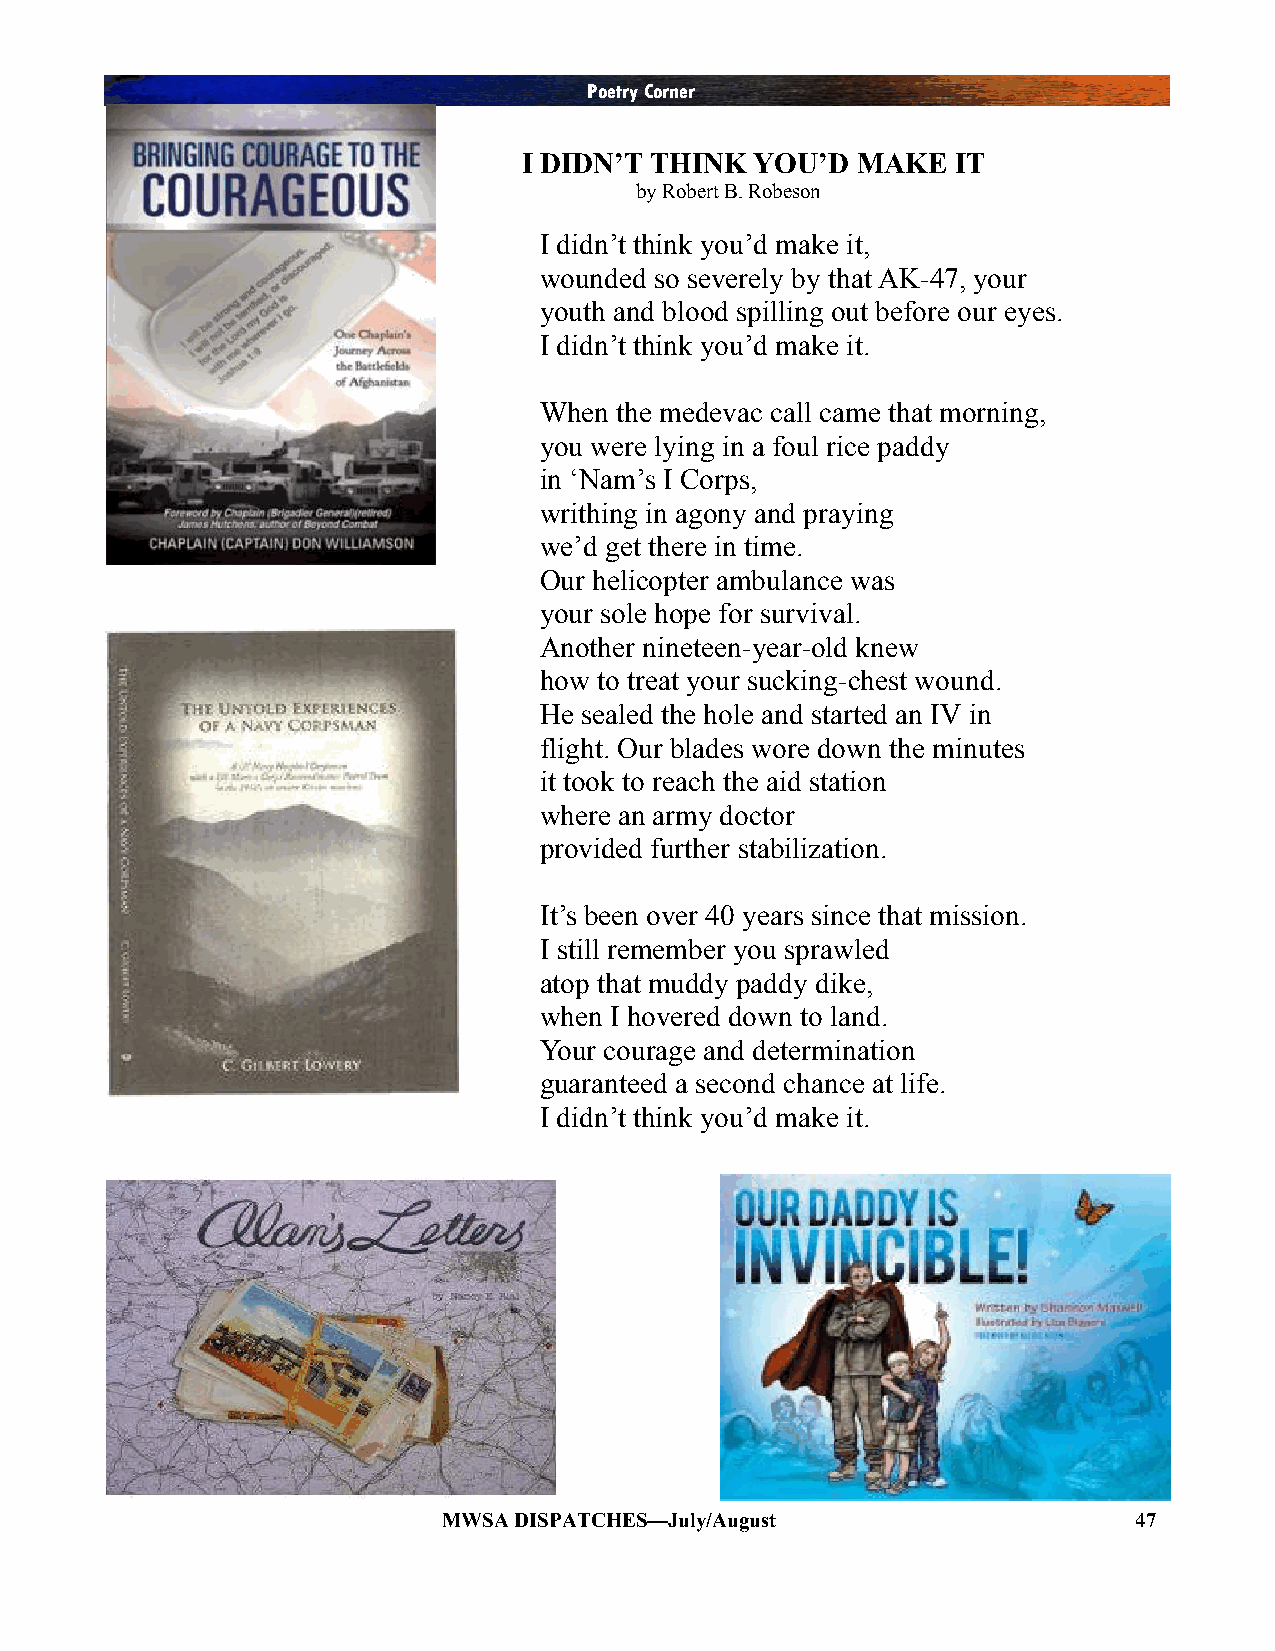
Poetry Corner
 I DIDN’T THINK YOU’D  MAKE  IT
 by Robert B. Robeson
 I didn‘t think you‘d make it,
 wounded so severely by that AK-47, your
 youth and blood spilling out before our eyes.
 I didn‘t think you‘d make it.
 When the medevac call came that morning,
 you were lying in a foul rice paddy
 in ‗Nam‘s I Corps,
 writhing in agony and praying
 we‘d get there in time.
 Our helicopter ambulance was
 your sole hope for survival.
 Another nineteen-year-old knew
 how to treat your sucking-chest wound.
 He sealed the hole and started an IV in
 flight. Our blades wore down the minutes
 it took to reach the aid station
 where an army doctor
 provided further stabilization.
 It‘s been over 40 years since that mission.
 I still remember you sprawled
 atop that muddy paddy dike,
 when I hovered down to land.
 Your courage and determination
 guaranteed a second chance at life.
 I didn‘t think you‘d make it.
 MWSA DISPATCHES—July/August                   47